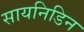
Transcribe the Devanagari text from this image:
सायनिडिन